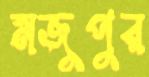
মজুপুর